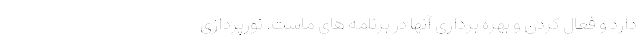
دارد و فعال کردن و بهره برداری آنها در برنامه های ماست. نورپردازی